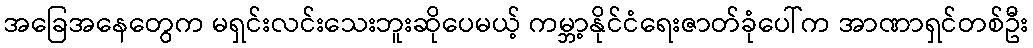
အခြေအနေတွေက မရှင်းလင်းသေးဘူးဆိုပေမယ့် ကမ္ဘာ့နိုင်ငံရေးဇာတ်ခုံပေါ်က အာဏာရှင်တစ်ဦး